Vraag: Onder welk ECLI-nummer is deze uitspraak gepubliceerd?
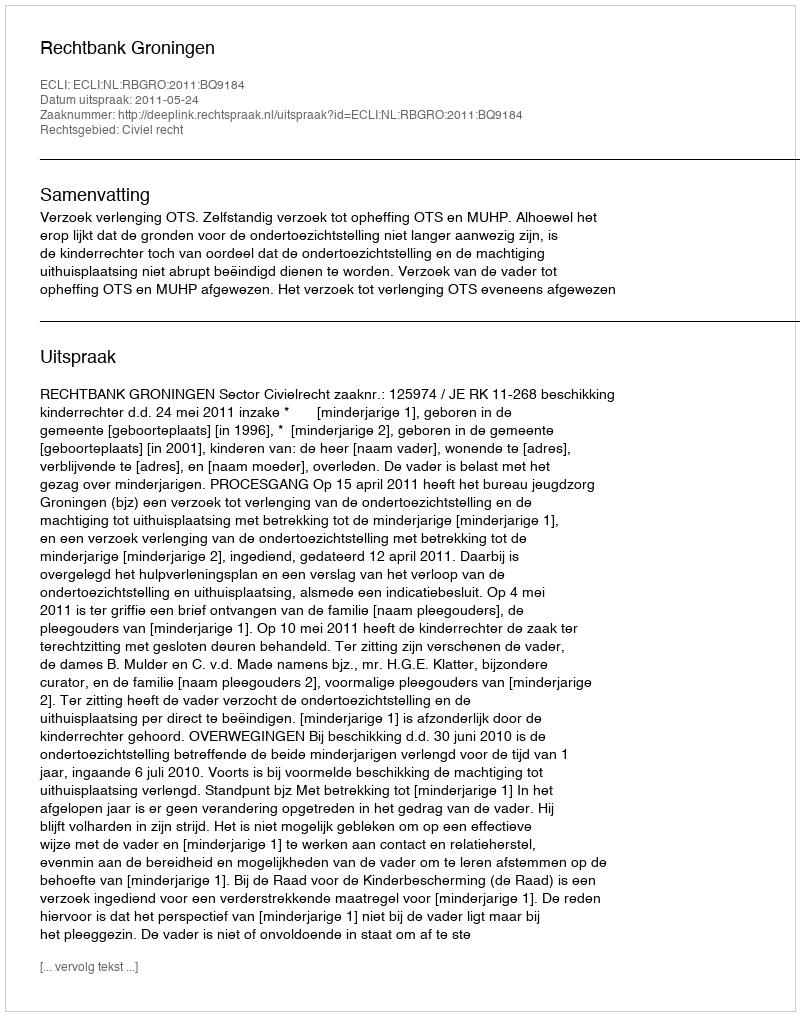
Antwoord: ECLI:NL:RBGRO:2011:BQ9184